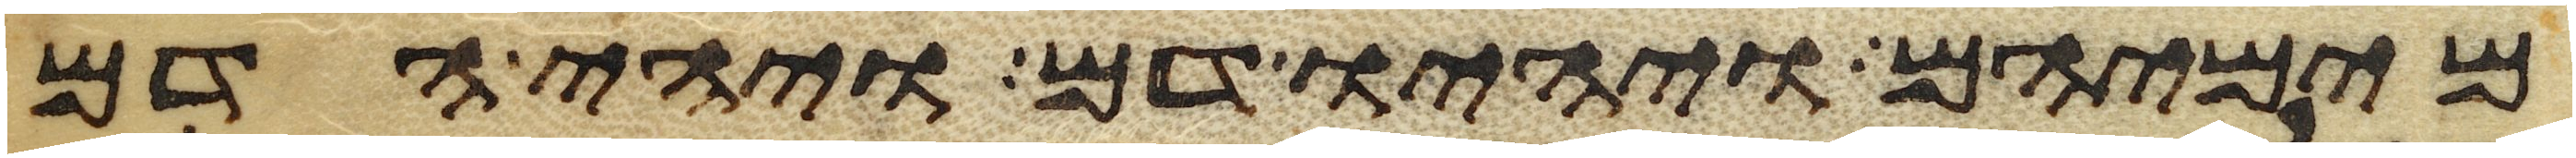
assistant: מימיהם ויהיו דם ויהי הדם